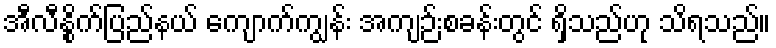
အီလီနွိုက်ပြည်နယ် ကျောက်ကျွန်း အကျဉ်းစခန်းတွင် ရှိသည်ဟု သိရသည်။